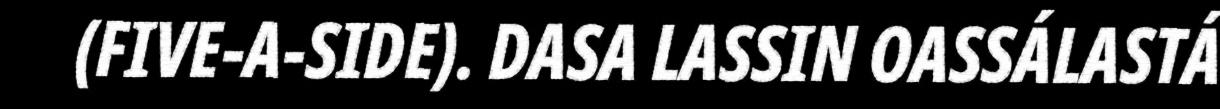
(FIVE-A-SIDE). DASA LASSIN OASSÁLASTÁ